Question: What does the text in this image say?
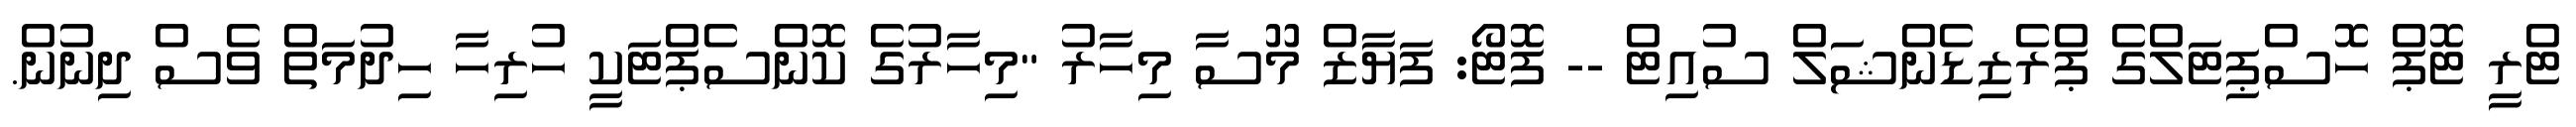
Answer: ޓްރީ ޓޮޕް ހޮސްޕިޓަލްގެ ޕްރެޒިޑެންޝަލް ސުއިޓް -- ފޮޓޯ: ފަޔާޒް މޫސާ މިހާރު "މިހާރުގެ ކޮންސެޕްޓަކީ ހުރިހާ ހިދުމަތް ވެސް ދިނުން.